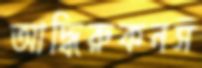
আদ্ধিরুকনস